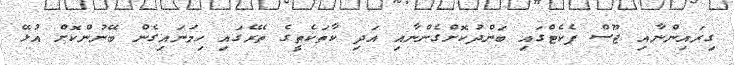
ގިރައިންނާއި ޖޫސް ޕެކެޓްގައި ބަންދުކޮށްގެންނާއި އަދި ކާތަކެތީގެ ތެރޭގައި ހިމަނައިގެން ބޭނުންކޮށް އުޅޭ